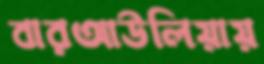
বারআউলিয়ায়